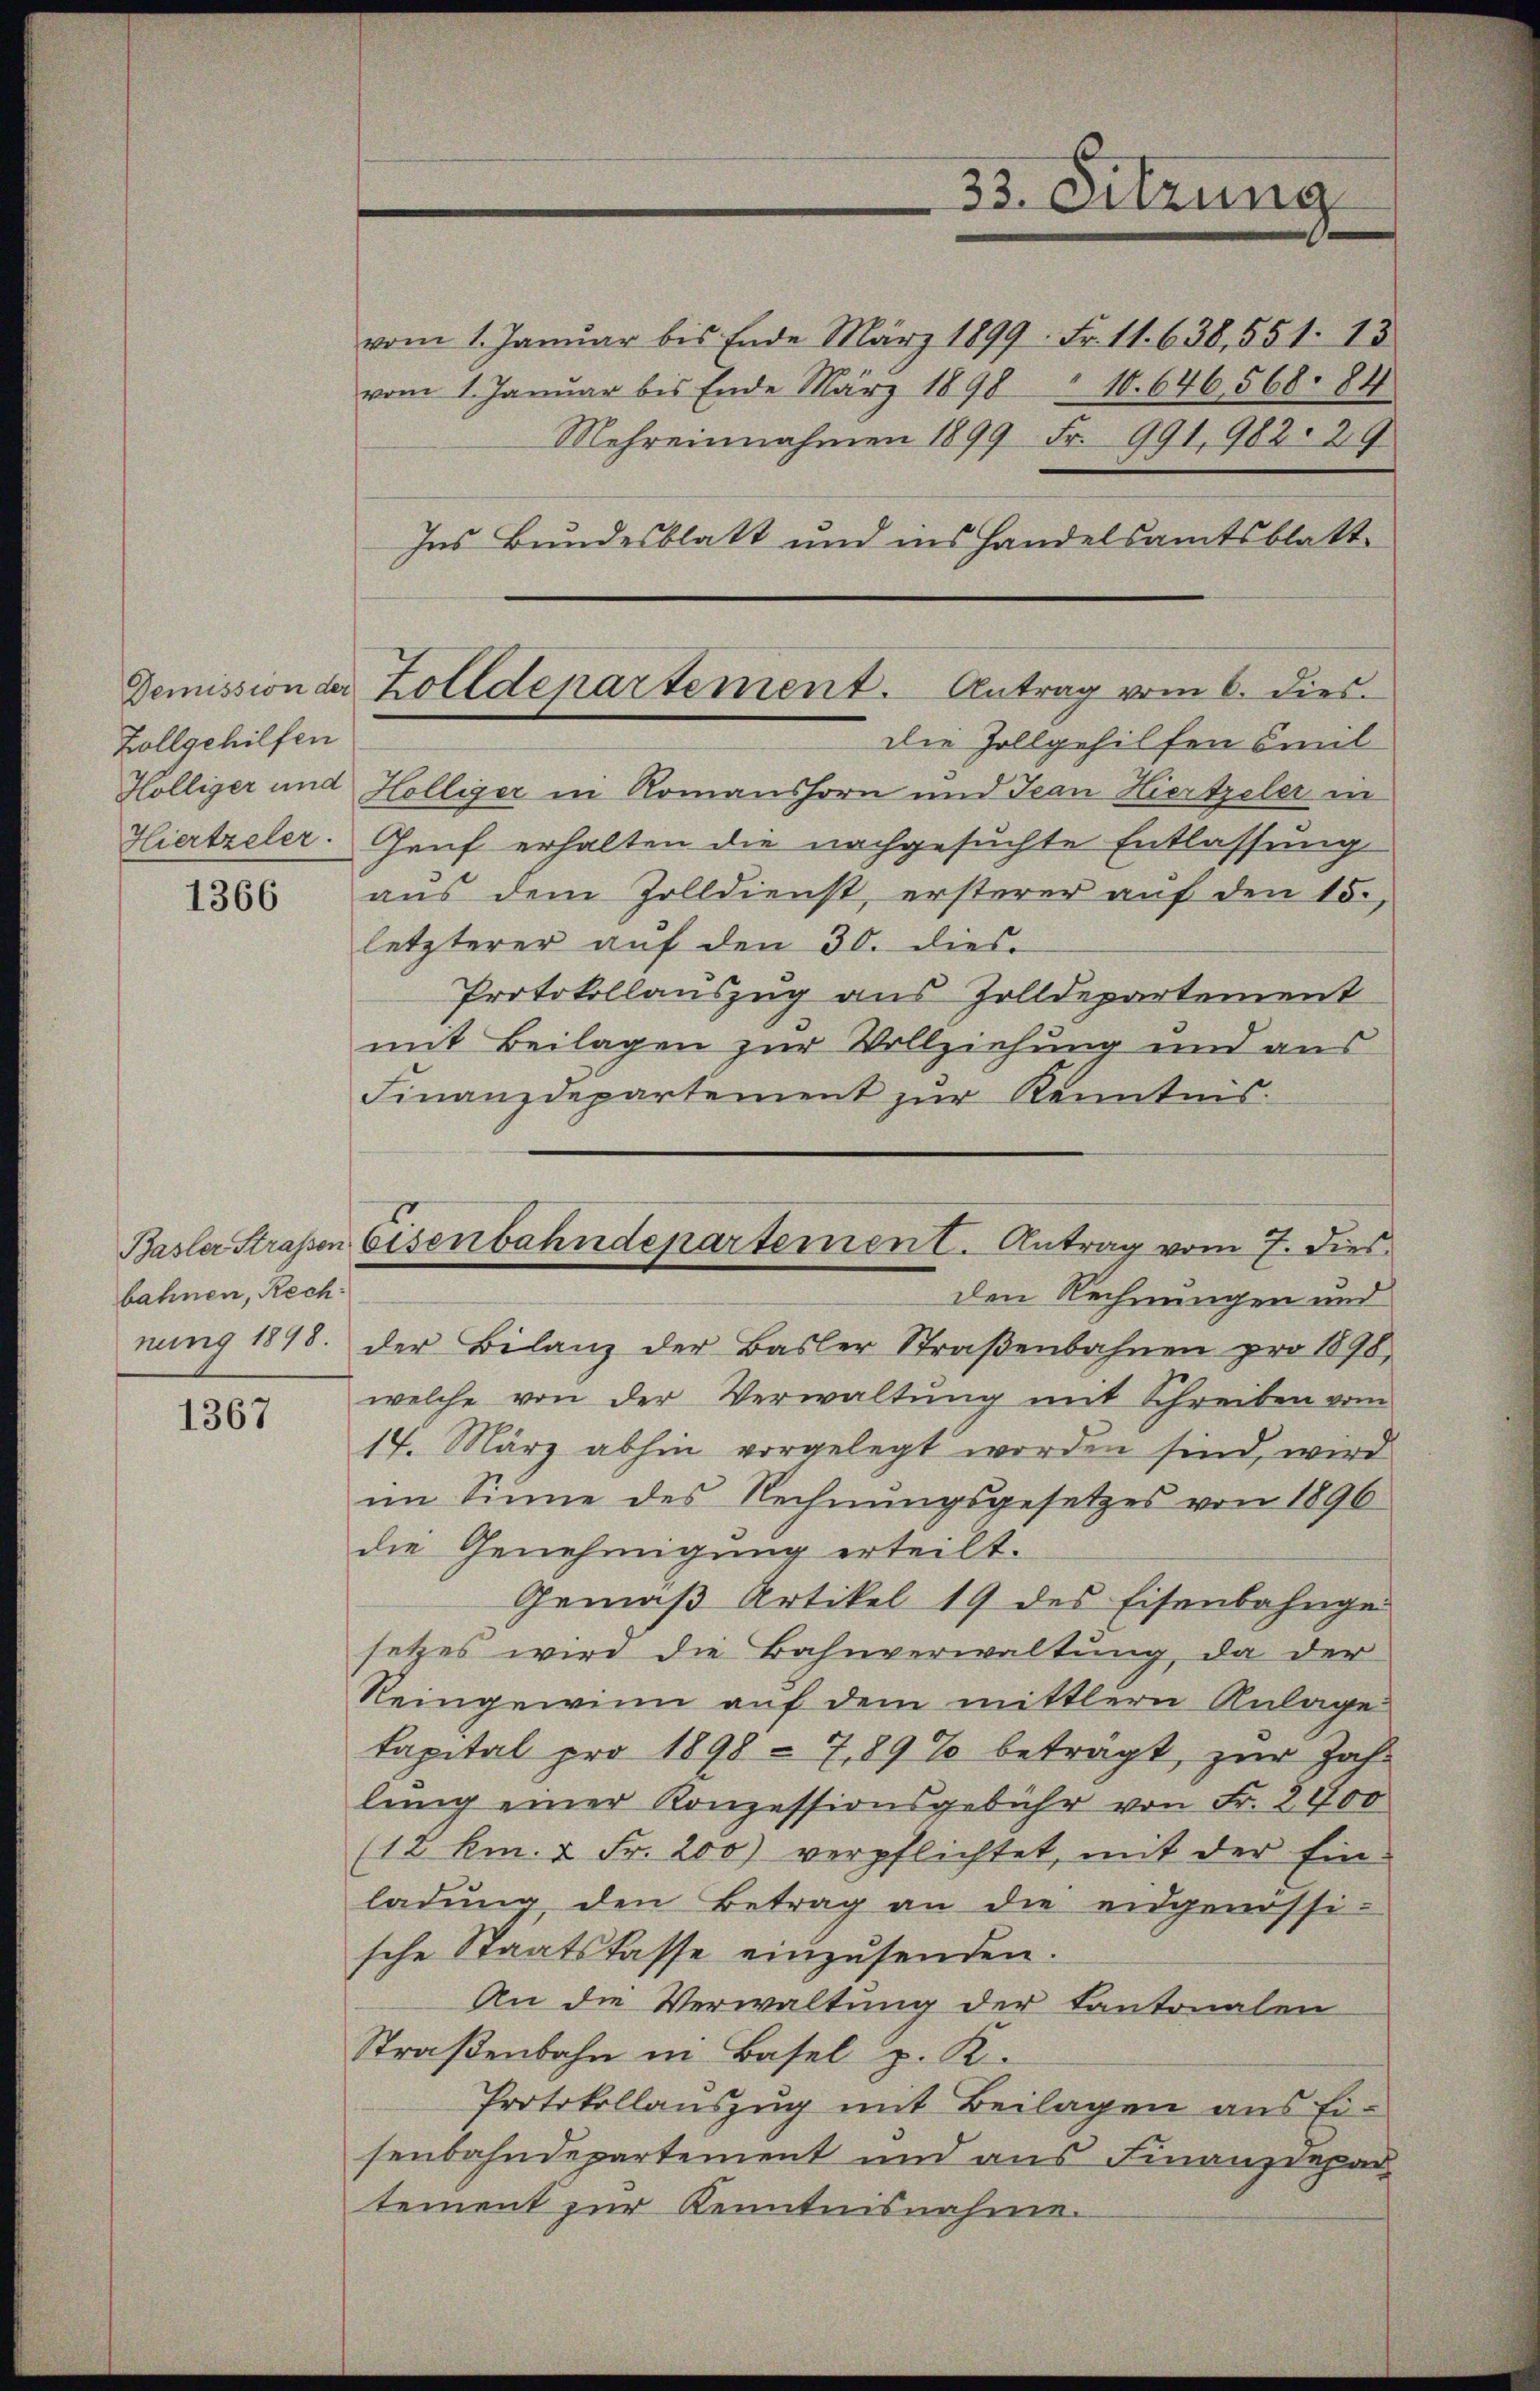
Zollgehilfen

1366

bahnen, Rech

1367

vom 1. Januar bis Ende März 1899 Fr. 11. 638, 551. 13
vom 1. Januar bis Ende März 1898 " 10. 646. 568. 84
Mehreinnahmen 1899 Fr. 991, 982. 29
Ins Bundesblatt und ins Handelsamtsblatt
die Zollgehilfen seul
Hölliger und Hölliger in Romanshorn und Jean Hiertzeler in
Hiertzeler. Genf erhalten die nachgesuchte Entlassung
aus dem Zolldienst, ersterer auf den 15.,
letzterer auf den 30. dies
Protokollauszug aus Zolldepartement
mit Beilagen zur Vollziehung und aus
Finanzdepartement zŭr Kenntnis.
den Rechnungen und
nung 1818. der Bilanz der Basler Straβenbahnen pro 1890,
welche von der Verwaltŭng mit Schreiben vom
14. März abhin vorgelegt worden sind, wird
im Sinne des Rechnungsgesetzes von 1896
die Genehmigung erteilt.
Gemäß Artikel 19 des Eisenbahnge
setzes wird die Bahnverwaltung, da der
Reingewinn auf dem mittlern Anlage
kapital pro 1898 - 7,89% beträgt, zur Zah-
lung einer Konzessionsgebühr von Fr. 2900
(12 km. u Fr. 200) verpflichtet, mit der Ein
ladŭng den Betrag an die eidgenossi-
sche Staatskasse einzŭsenden.
An die Verwaltung der Kantonalen
Straßenbahn in Basel z. K.
Protokollauszug mit Beilagen aus Eisenbahndepartement und aus Finanzdepar
tement zur Kenntnisnahme.

Demission der Zolldepartement. Antrag vom 6. dies

Basler Straßen Eisenbahndepartement. Antrag vom 7. dies

33. Sitzung